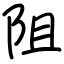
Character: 阻